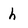
Character: h